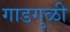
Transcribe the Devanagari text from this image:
गाडगुळी